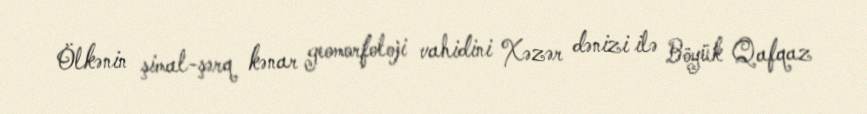
Ölkənin şimal-şərq kənar geomorfoloji vahidini Xəzər dənizi ilə Böyük Qafqaz